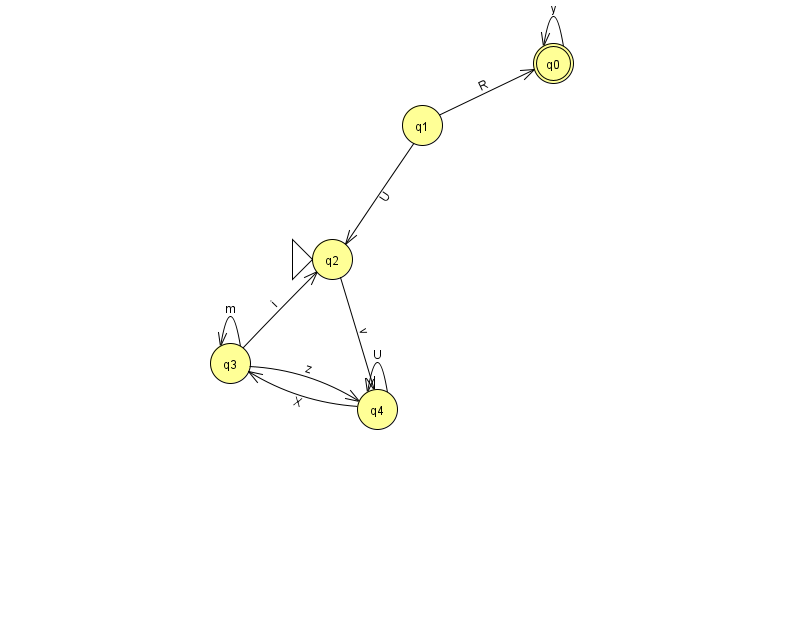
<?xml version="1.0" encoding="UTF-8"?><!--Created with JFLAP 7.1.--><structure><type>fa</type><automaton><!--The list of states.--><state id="0" name="q0"><x>553.0</x><y>50.0</y><final/></state><state id="1" name="q1"><x>422.0</x><y>112.0</y></state><state id="2" name="q2"><x>332.0</x><y>246.0</y><initial/></state><state id="3" name="q3"><x>230.0</x><y>350.0</y></state><state id="4" name="q4"><x>377.0</x><y>396.0</y></state><!--The list of transitions.--><transition><from>3</from><to>2</to><read>i</read></transition><transition><from>1</from><to>0</to><read>R</read></transition><transition><from>3</from><to>4</to><read>z</read></transition><transition><from>4</from><to>3</to><read>X</read></transition><transition><from>1</from><to>2</to><read>U</read></transition><transition><from>2</from><to>4</to><read>v</read></transition><transition><from>4</from><to>4</to><read>U</read></transition><transition><from>0</from><to>0</to><read>y</read></transition><transition><from>3</from><to>3</to><read>m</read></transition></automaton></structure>